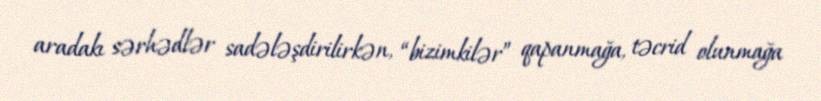
aradakı sərhədlər sadələşdirilirkən, “bizimkilər” qapanmağa, təcrid olunmağa